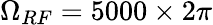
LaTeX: \Omega_{RF}=5000\times 2\pi